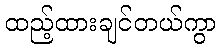
ထည့်ထားချင်တယ်ကွာ